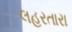
લહરતારા